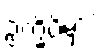
ဥက္ခိပိမှာ